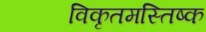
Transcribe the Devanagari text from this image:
विकृतमस्तिष्क